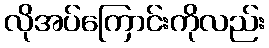
လိုအပ်ကြောင်းကိုလည်း